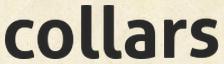
collars